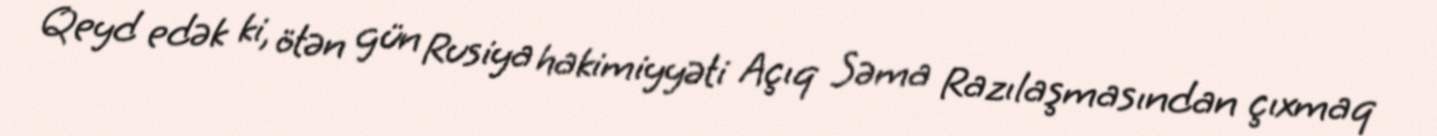
Qeyd edək ki, ötən gün Rusiya hakimiyyəti Açıq Səma Razılaşmasından çıxmaq